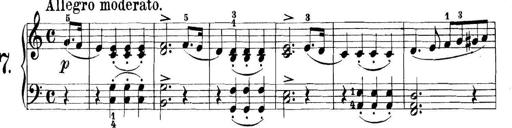
Title: 11 Sonatinas
Composer: Anton Diabelli